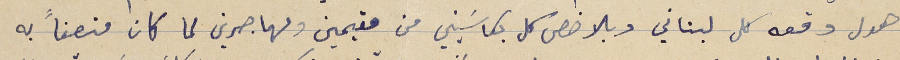
هول وقعه كل لبناني وبالاخص كل بكاسَيني من مقيمين ومهاجرين لما كان منصفاً به